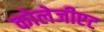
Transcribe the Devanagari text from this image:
कोलेजीएट